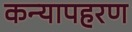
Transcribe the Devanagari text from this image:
कन्यापहरण